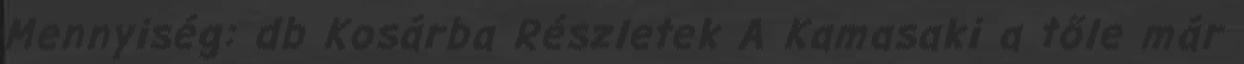
Mennyiség: db Kosárba Részletek A Kamasaki a tőle már